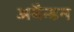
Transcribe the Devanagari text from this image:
अबैन्डन